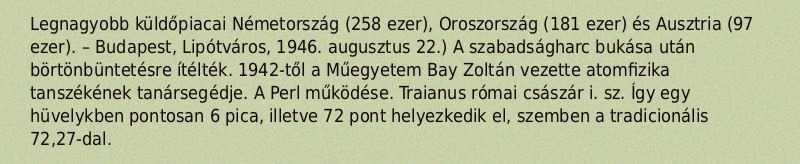
Legnagyobb küldőpiacai Németország (258 ezer), Oroszország (181 ezer) és Ausztria (97 ezer). – Budapest, Lipótváros, 1946. augusztus 22.) A szabadságharc bukása után börtönbüntetésre ítélték. 1942-től a Műegyetem Bay Zoltán vezette atomfizika tanszékének tanársegédje. A Perl működése. Traianus római császár i. sz. Így egy hüvelykben pontosan 6 pica, illetve 72 pont helyezkedik el, szemben a tradicionális 72,27-dal.